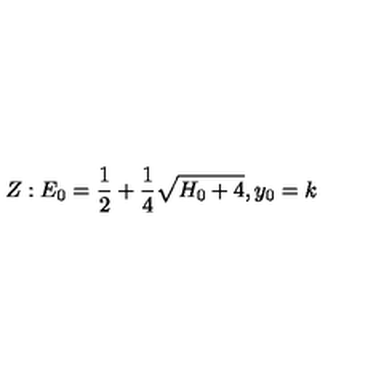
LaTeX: Z : E _ { 0 } = { \frac { 1 } { 2 } } + { \frac { 1 } { 4 } } \sqrt { H _ { 0 } + 4 } , y _ { 0 } = k